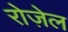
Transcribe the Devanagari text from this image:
रोज़ेल